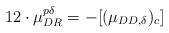
LaTeX: \begin{align*}12\cdot \mu_{DR}^{p\delta}=-[(\mu_{DD,\delta})_c]\end{align*}